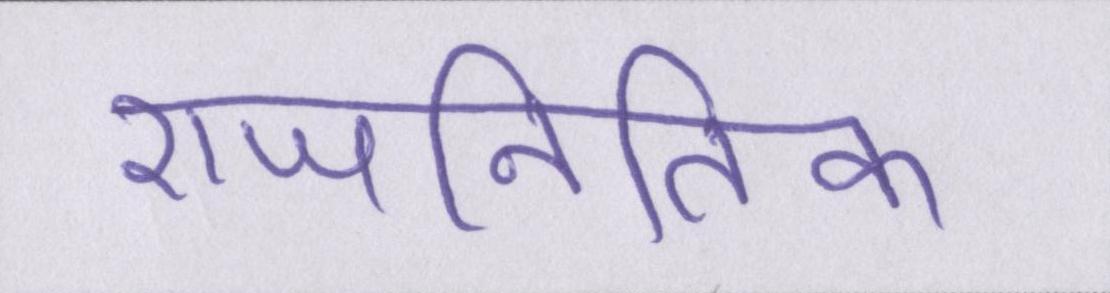
राजनितिक